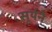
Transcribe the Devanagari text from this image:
सूर्यने